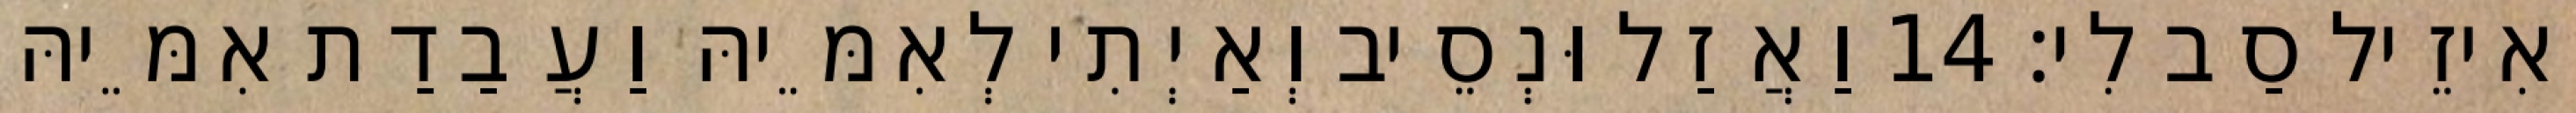
וְאִיזֵיל סַב לִי׃ 14 וַאֲזַל וּנְסֵיב וְאַיְתִי לְאִמֵּיהּ וַעֲבַדַת אִמֵּיהּ